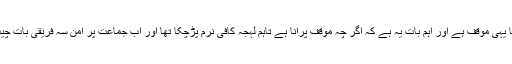
آج بھی جماعت کا یہی موقف ہے اور اہم بات یہ ہے کہ اگر چہ موقف پرانا ہے تاہم لہجہ کافی نرم پڑچکا تھا اور اب جماعت پر امن سہ فریقی بات چیت کی وکیل تھی ۔